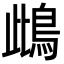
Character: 䳄